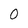
Character: 0